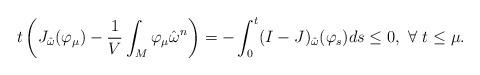
LaTeX: \begin{align*} t\left(J_{\hat{\omega}}(\varphi_\mu)-\frac{1}{V}\int_M\varphi_\mu\hat{\omega}^n\right)=-\int_0^t (I-J)_{\hat{\omega}}(\varphi_s)ds\le 0, ~\forall~t\le \mu.\end{align*}